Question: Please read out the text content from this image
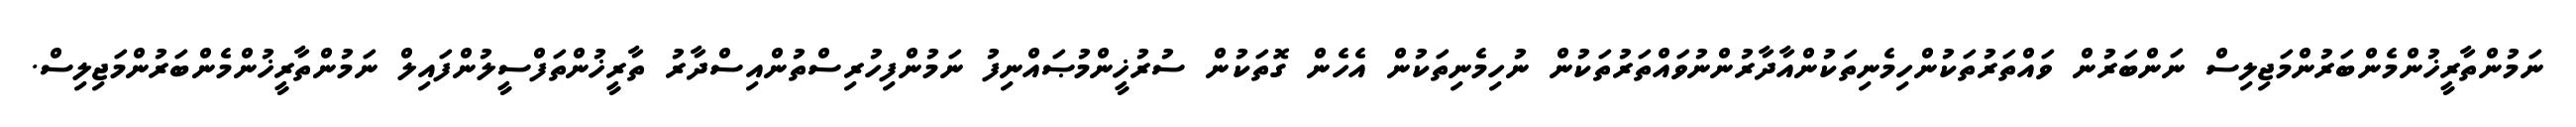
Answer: ނަމުންތާރީޚުންމެންބަރުންމަޖިލިސް ނަންބަރުން ވައްތަރުތަކުންހިމެނިތަކުންއާދާރުންނުވައްތަރުތަކުން ނުހިމެނިތަކުން އެހެން ގޮތަކުން ސުރުޚީންމުޞައްނިފު ނަމުންފިހުރިސްތުންއިސްދާރު ތާރީޚުންތަފްސީލުންފައިލް ނަމުންތާރީޚުންމެންބަރުންމަޖިލިސް.